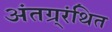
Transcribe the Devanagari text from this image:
अंतग्र्रंथित